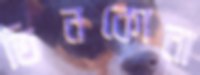
তিনকোনা